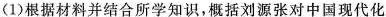
(1)根据材料并结合所学知识，概括刘源张对中国现代化